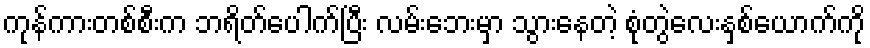
ကုန်ကားတစ်စီးက ဘရိတ်ပေါက်ပြီး လမ်းဘေးမှာ သွားနေတဲ့ စုံတွဲလေးနှစ်ယောက်ကို